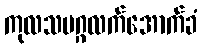
ကုလသမဂ္ဂလက်အောက်ခံ